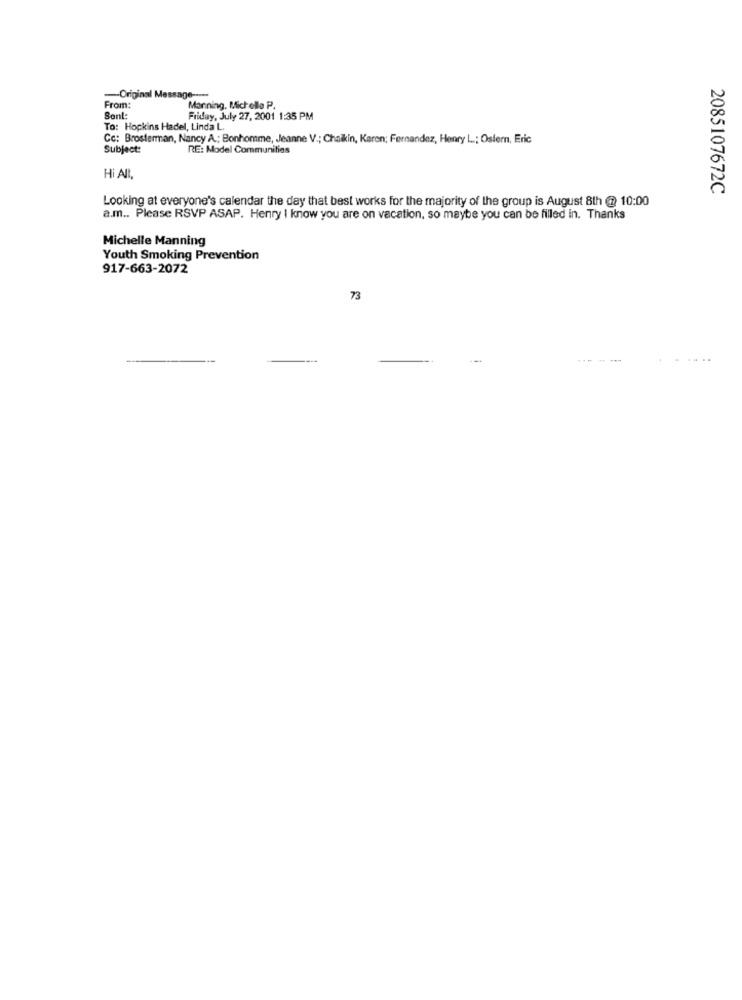
-Original Message -----
From:
Manning, Mich elle P.
Sont:
Friday, July 27, 2001 1:35 PM
To: Hopkins Hadel, Linda L.
Cc: Brosterman, Nancy A .; Bonhomme, Jeanne V .; Chaikin, Karen; Fernandez, Henry L .; Ostern, Eric
Subject:
RE: Model Communities
HI All,
Looking at everyone's calendar the day that best works for the majority of the group is August 8th @ 10:00
2085107672C
a.m .. Please RSVP ASAP. Henry I know you are on vacation, so maybe you can be filled in. Thanks
Michelle Manning
Youth Smoking Prevention
917-663-2072
73